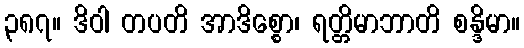
၃၈၇။ ဒိဝါ တပတိ အာဒိစ္စော၊ ရတ္တိမာဘာတိ စန္ဒိမာ။